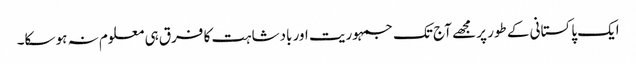
ایک پاکستانی کے طور پر مجھے آج تک جمہوریت اور بادشاہت کا فرق ہی معلوم نہ ہو سکا۔